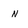
Character: N